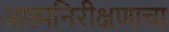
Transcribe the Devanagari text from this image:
आत्मनिरीक्षणाचा